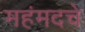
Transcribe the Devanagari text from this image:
महंमदचे